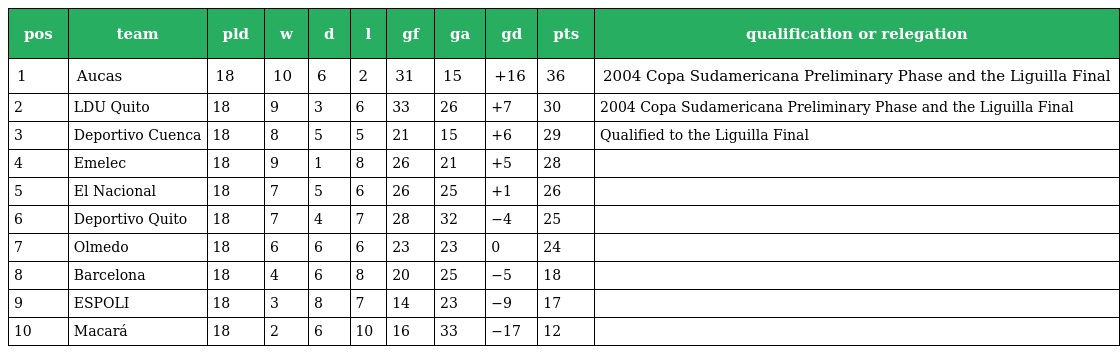
| pos | team | pld | w | d | l | gf | ga | gd | pts | qualification or relegation |
 | --- | --- | --- | --- | --- | --- | --- | --- | --- | --- | --- |
 | 1 | Aucas | 18 | 10 | 6 | 2 | 31 | 15 | +16 | 36 | 2004 Copa Sudamericana Preliminary Phase and the Liguilla Final |
 | 2 | LDU Quito | 18 | 9 | 3 | 6 | 33 | 26 | +7 | 30 | 2004 Copa Sudamericana Preliminary Phase and the Liguilla Final |
 | 3 | Deportivo Cuenca | 18 | 8 | 5 | 5 | 21 | 15 | +6 | 29 | Qualified to the Liguilla Final |
 | 4 | Emelec | 18 | 9 | 1 | 8 | 26 | 21 | +5 | 28 |  |
 | 5 | El Nacional | 18 | 7 | 5 | 6 | 26 | 25 | +1 | 26 |  |
 | 6 | Deportivo Quito | 18 | 7 | 4 | 7 | 28 | 32 | −4 | 25 |  |
 | 7 | Olmedo | 18 | 6 | 6 | 6 | 23 | 23 | 0 | 24 |  |
 | 8 | Barcelona | 18 | 4 | 6 | 8 | 20 | 25 | −5 | 18 |  |
 | 9 | ESPOLI | 18 | 3 | 8 | 7 | 14 | 23 | −9 | 17 |  |
 | 10 | Macará | 18 | 2 | 6 | 10 | 16 | 33 | −17 | 12 |  |